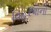
વિહરવાનો